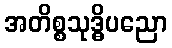
အတိစ္စသုဒ္ဓိပညော